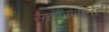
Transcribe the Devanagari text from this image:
सत्तास्थानेही